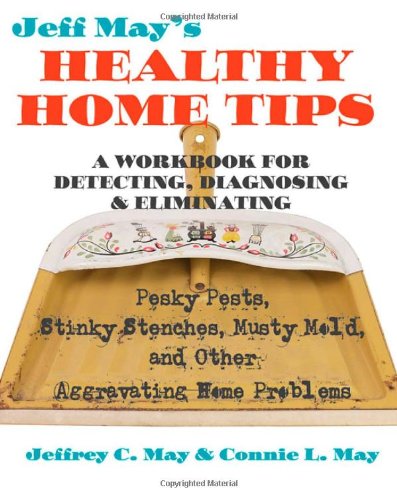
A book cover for Jeff May's Healthy Home Tips: A Workbook for Detecting, Diagnosing, and Eliminating Pesky Pests, Stinky Stenches, Musty Mold, and Other Aggravating Home Problems; Jeffrey C. May; Crafts, Hobbies & Home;